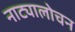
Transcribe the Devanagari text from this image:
नाट्यालोचन